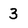
Character: 3